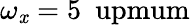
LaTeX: \omega_{\mathit{x}}=5~\mathrm{{\ upmum}}